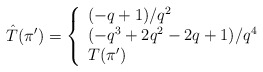
\begin{align*}\hat{T}(\pi') = \left\{\begin{array}{l l}(-q+1)/q^2 & \\(-q^3+2q^2-2q+1)/q^4 & \\T(\pi') & \end{array} \right.\end{align*}